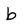
Character: b